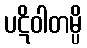
ပဋိဝါတမ္ပိ